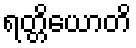
ရတ္တိယောတိ